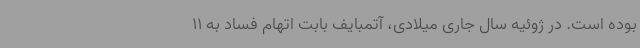
بوده است. در ژوئیه سال جاری میلادی، آتمبایف بابت اتهام فساد به 11